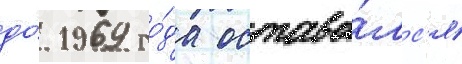
до́ 1969 го́да остава́лс'я